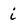
Character: i